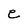
Character: C